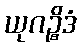
ယုဂဉ္စိဒံ